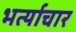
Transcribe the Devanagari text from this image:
भर्त्याचार